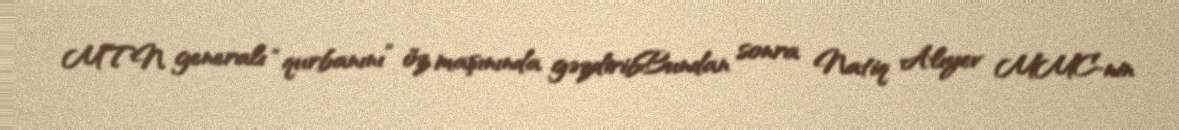
MTN generalı “qurbanını” öz maşınında gəzdiribBundan sonra Natiq Alıyev MMC-nin